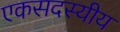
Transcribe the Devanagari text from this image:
एकसदस्यीय